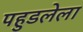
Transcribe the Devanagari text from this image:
पहुडलेला